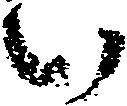
い